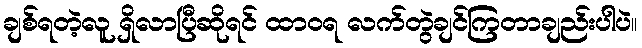
ချစ်ရတဲ့လူ ရှိလာပြီဆိုရင် ထာဝရ လက်တွဲချင်ကြတာချည်းပါပဲ။